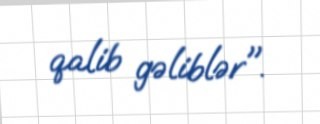
qalib gəliblər".